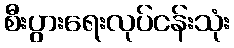
စီးပွားရေးလုပ်ငန်းသုံး